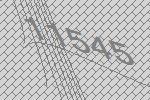
11545